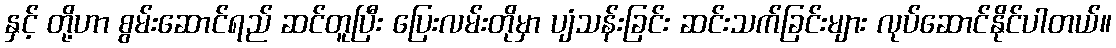
နှင့် တို့ဟာ စွမ်းဆောင်ရည် ဆင်တူပြီး ပြေးလမ်းတိုမှာ ပျံသန်းခြင်း ဆင်းသက်ခြင်းများ လုပ်ဆောင်နိုင်ပါတယ်။